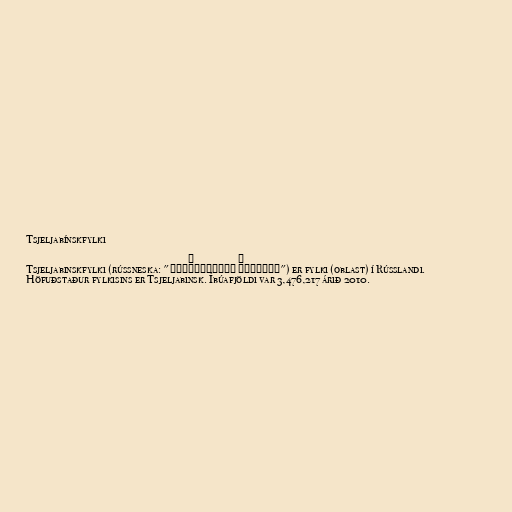
Tsjeljabínskfylki

Tsjeljabinskfylki (rússneska: "Челя́бинская о́бласть") er fylki (oblast) í Rússlandi.
Höfuðstaður fylkisins er Tsjeljabinsk. Íbúafjöldi var 3,476,217 árið 2010.